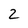
Character: 2